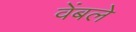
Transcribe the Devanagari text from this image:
वेंबले